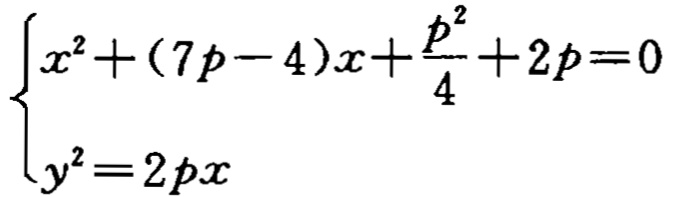
$\begin{cases}
x^{2}+(7p - 4)x+\frac{p^{2}}{4}+2p = 0\\
y^{2}=2px
\end{cases}$